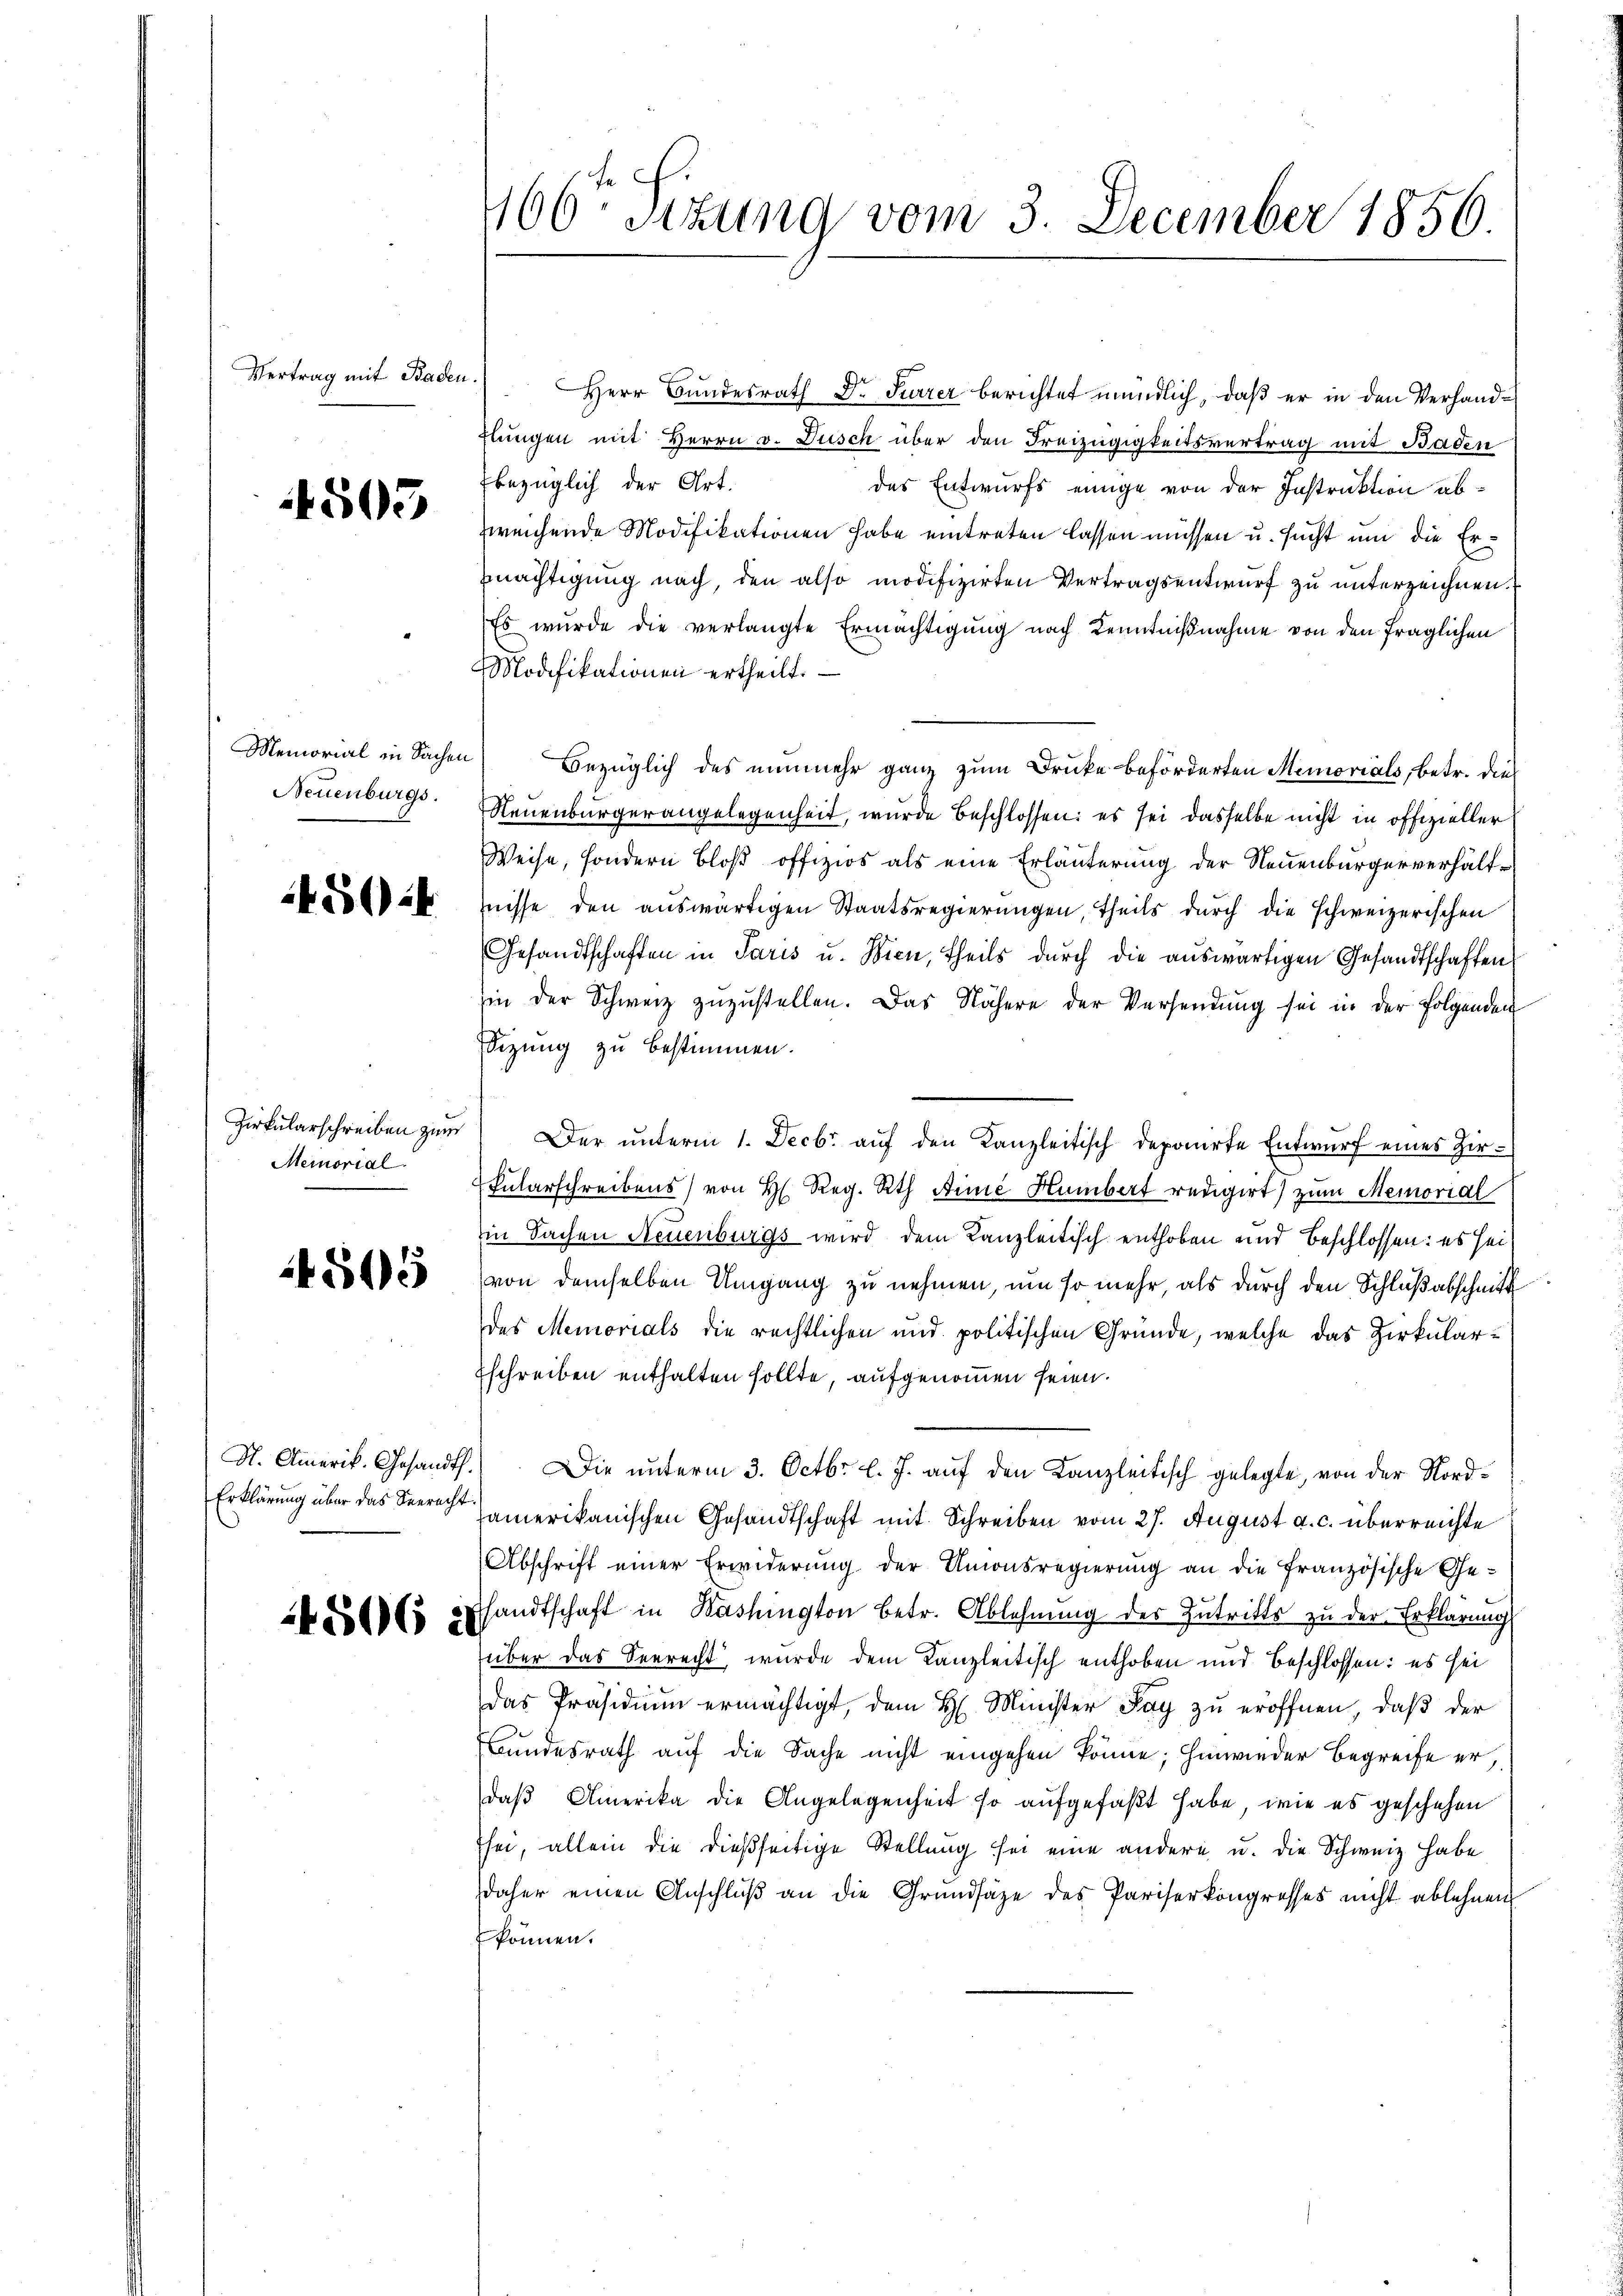
Vertrag mit Baden.

505

Memorial in Sachen
Neuenburgs.

504

Zirkularschreiben zum
Memorial.

4505

4506 is

Herr Bundesrath Dr Furrer berichtet mündlich, daß er in den Verhandflungen mit Herrn v. Dusch über den Freizügigkeitsvertrag mit Baden
bezüglich der Art.
des Entwurfs einige von der Instruktion abzweichende Modifikationen habe eintreten lassen müssen u. sucht um die Ermächtigung nach, den also modifizirten Vertragsentwurf zu unterzeichnen.
Es wurde die verlangte Ermächtigung nach Kenntnißnahme von den fraglichen
Modifikationen ertheilt.
Bezüglich des nunmehr ganz zum Drucke beförderten Memorials, betr. dies
Neuenburgerangelegenheit, wurde beschlossen: es sei dasselbe nicht in offizieller
Weise, sondern bloß offizios als eine Erläuterung der Neuenburgerverhältnisse den auswärtigen Staatsregierungen, theils durch die schweizerischen
Gesandtschaften in Paris u. Wien, theils durch die auswärtigen Gesandtschaften
hin der Schweiz zuzustellen. Das Nähere der Versendung sei in der folgenden
Sizung zu bestimmen.
Der ŭnterm 1. Decbr. aŭf den Kanzleitisch deponirte Entwŭrf eines Hir¬
Fularschreibens von H. Reg. Rth. Ainić Humbert redigirt) zum Memorial
in Sachen Neuenburgs wird dem Kanzleitisch enthoben und beschlossen: es sei
von demselben Umgang zu nehmen, um so mehr, als durch den Schlußabschnitt
des Memorials die rechtlichen und politischen Gründe, welche das Zirkularschreiben enthalten sollte, aufgenommen seien.
S. Amerik. Gesandth.) Die unterm 3. Octbr. l. J. auf den Kanzleitisch gelegte, von der Nord¬
Erklärung über das Seerecht) amerikanischen Gesandtschaft mit Schreiben vom 27. August a. c. überreichte
Abschrift einer Erwiderung der Unionsregierung an die Französische Gesandtschaft in Washington betr. Ablehnung der Zutritts zu der Erklärung
über das Seerecht, wurde dem Kanzleitisch enthoben und Beschlossen: es sei
Das Präsidium ermächtigt, dem H. Minister Tag zu eröffnen, daß der
Bundesrath auf die Sache nicht eingehen könne; hinwieder Begreife er,
daß Amerika die Angelegenheit so aufgefaßt habe, wie es geschehen
sei, allein die dießseitige Stellung sei eine andern u. die Schweiz habe
daher einen Anschlŭβ an die Grŭndsätze des Pariserkongresses nicht ablehnen.
können.

166to Sizung vom 3. December 1856.